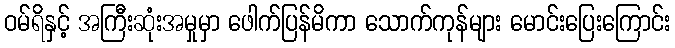
ဝမ်ရိနှင့် အကြီးဆုံးအမှုမှာ ဖေါက်ပြန်မိကာ သောက်ကုန်များ မောင်းပြေးကြောင်း